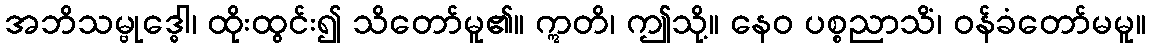
အဘိသမ္ဗုဒ္ဓေါ၊ ထိုးထွင်း၍ သိတော်မူ၏။ ဣတိ၊ ဤသို့။ နေဝ ပစ္စညာသိံ၊ ဝန်ခံတော်မမူ။